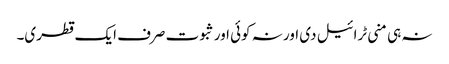
نہ ہی منی ٹرائیل دی اور نہ کوئی اور ثبوت صرف ایک قطری۔